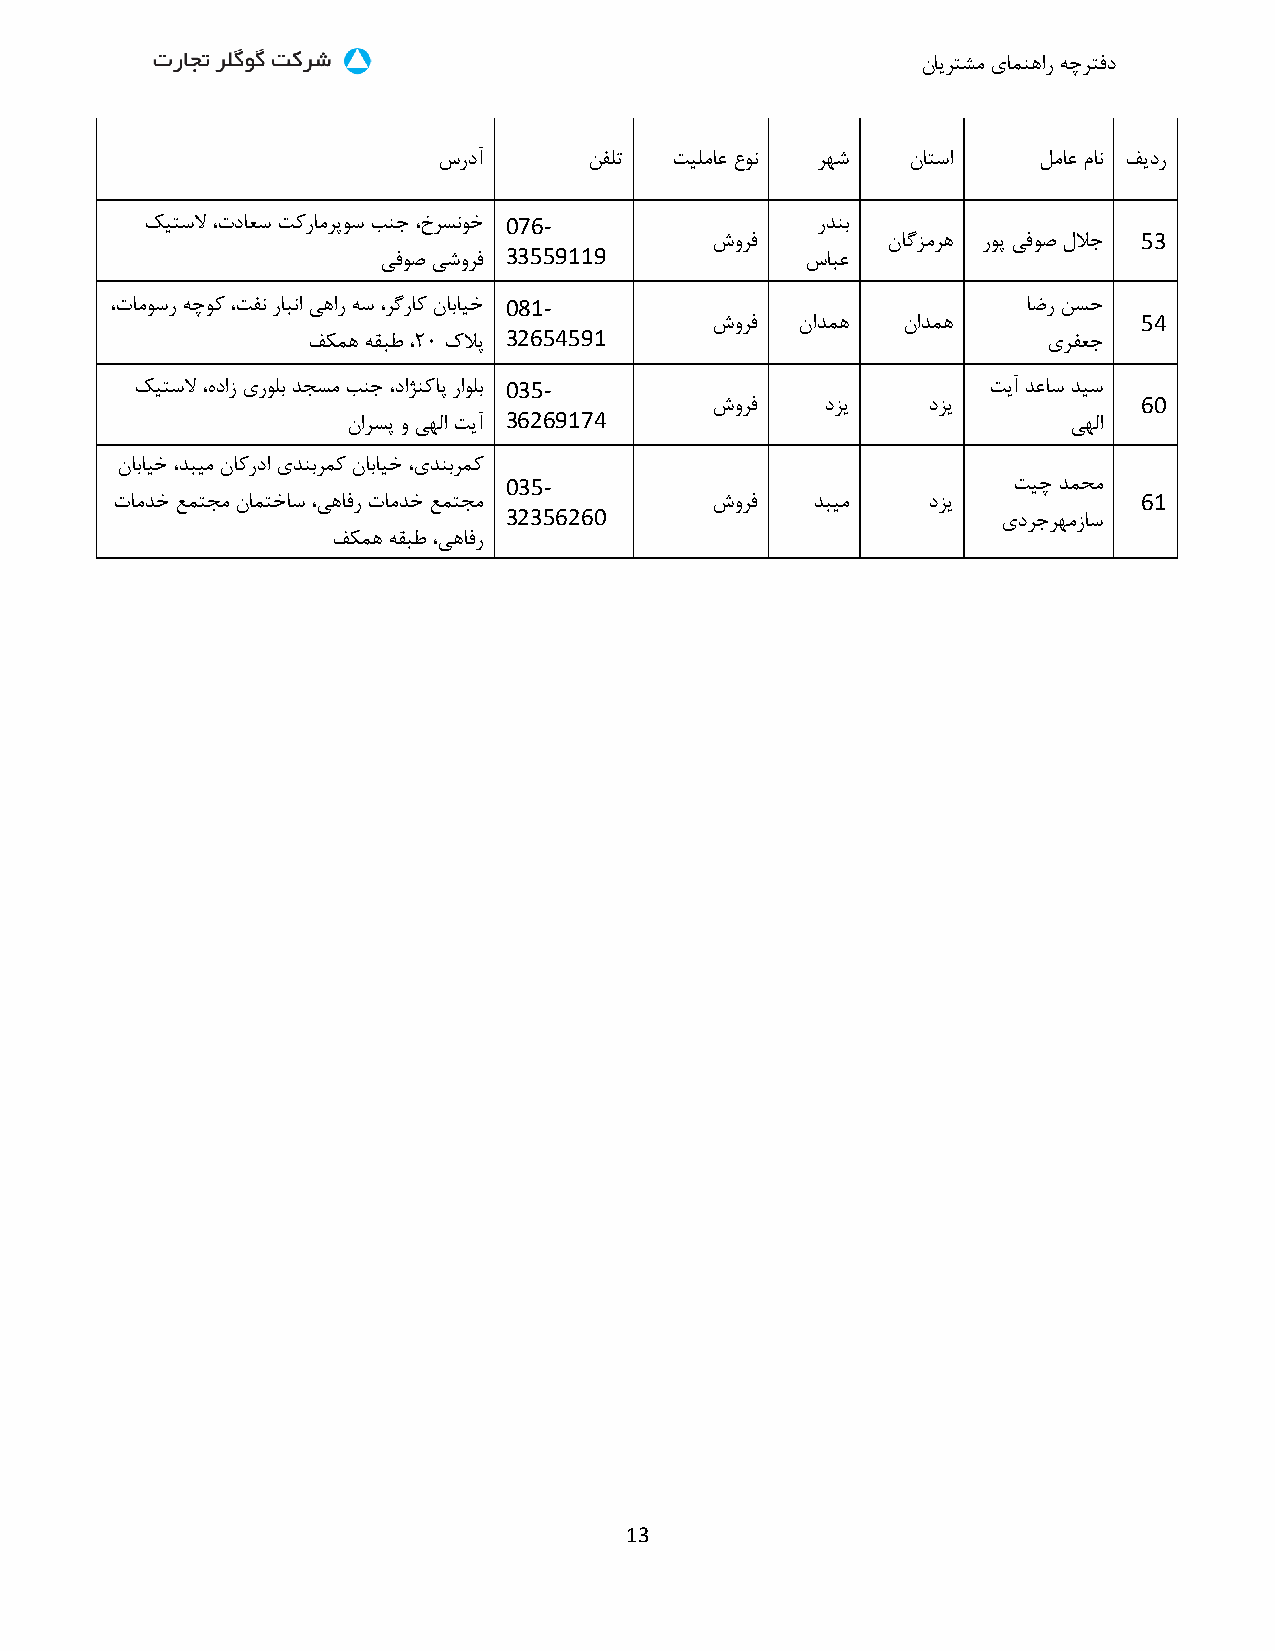
نایرتشم یامنهار هچرتفد
 سردآ      نفلت  تیلماع عون رهش ناتسا    لماع مان دیدر
 کیتسلا ،تداعس تکرامرپوس بنج ،خرسنوخ 076-    ردنب
 شورف        ناگممره روپ یفوص للاج 53
 یفوص یشورف
 33559119
 سابع
 ،تاموسر هچوک ،تفن رابنا یهار هس ،رگراک نابایخ 081-           اضر نسح
 شورف  نادمه  نادمه           54
 دکمه هقبط ،23 کلاپ
 32654591
 یرفعج
 کیتسلا ،هداز یرولب دجسم بنج ،داژنکاپ راولب 035-         تیآ دعاس دیس
 شورف    دمی   دمی            60
 نارسپ و یهلا تیآ
 36269174
 یهلا
 نابایخ ،دبیم ناکردا یدنبرمک نابایخ ،یدنبرمک
 035-                              تیچ دمحم
 تامدخ عمتجم نامتخاس ،یهافر تامدخ عمتجم شورف   دبیم   دمی            61
 32356260
 یدرجرهمزاس
 دکمه هقبط ،یهافر
 13